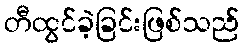
တီထွင်ခဲ့ခြင်းဖြစ်သည်